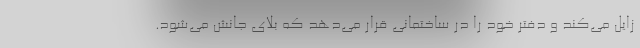
زایل می‌کند و دفتر خود را در ساختمانی قرار می‌دهد که بلای جانش می‌شود.